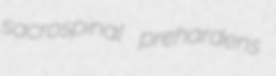
sacrospinal prehardens